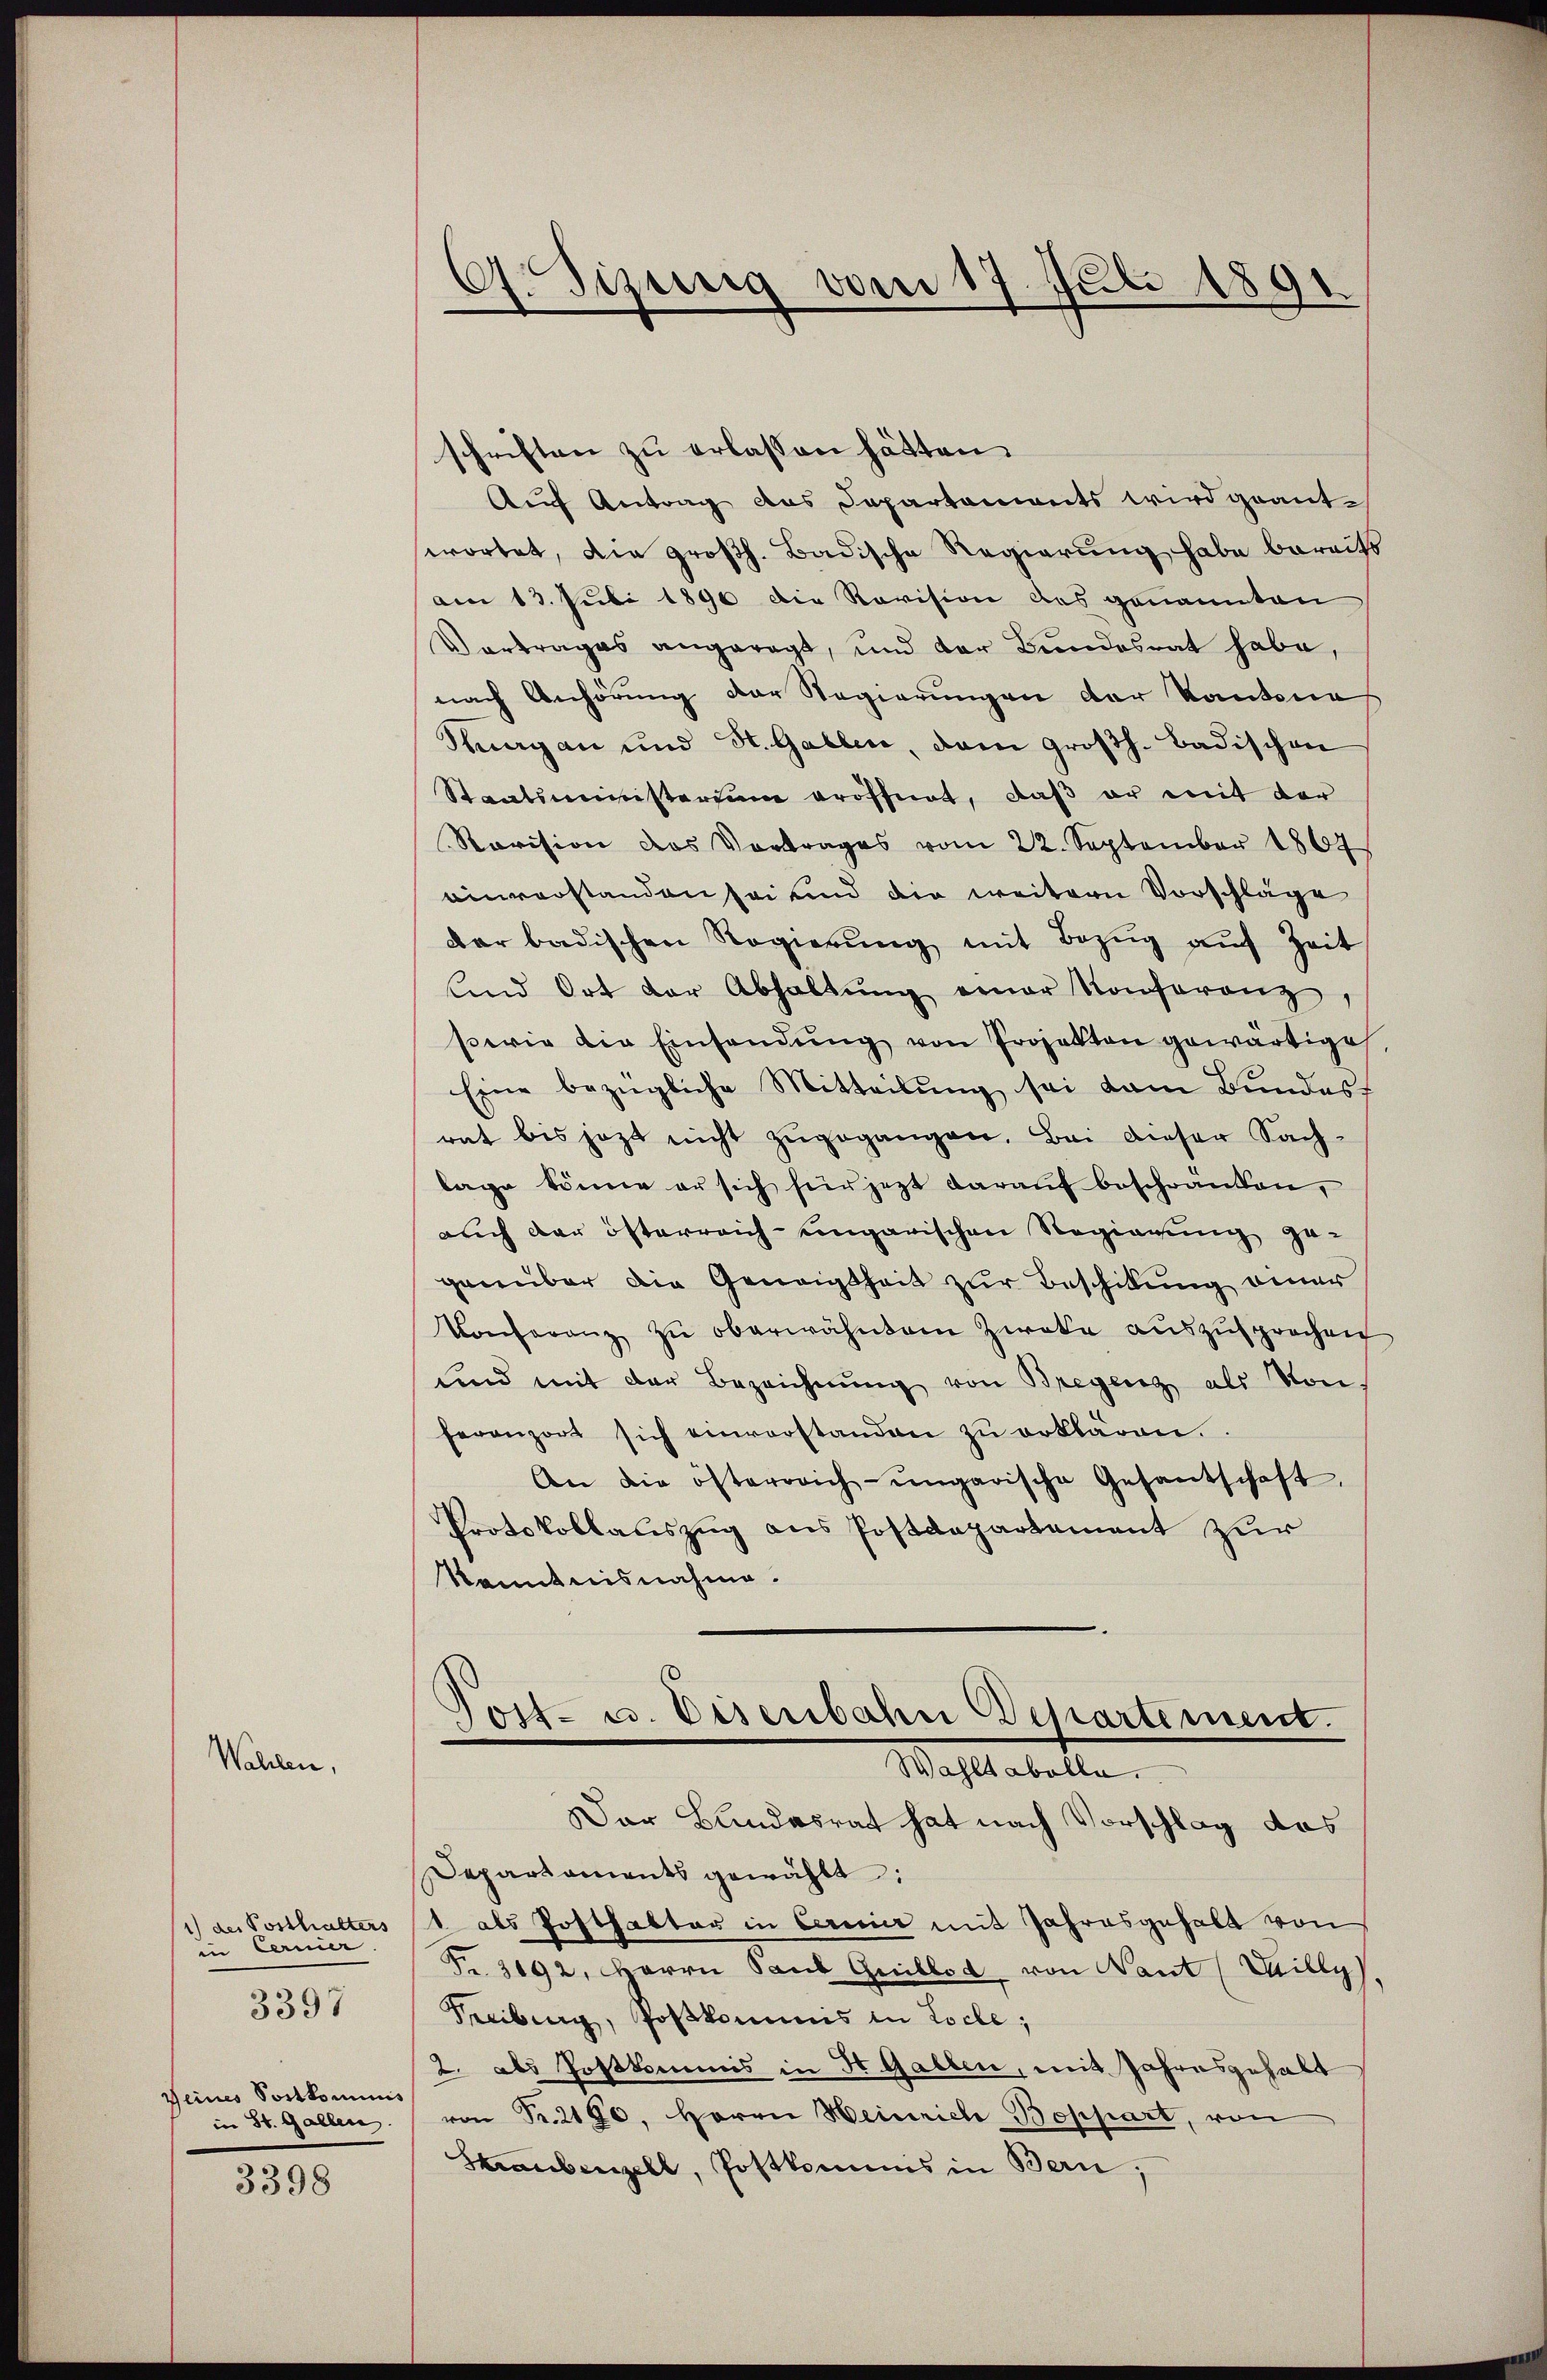
Wahlen,

1) des Posthalters
in Cerner
Deines Sortkominis
in St. Gallen

3397

3398

C. Sizung vom 17. Juli 1891.

schriften zu erlassen hätten.
Auf Antrag aus Departements wird geant-
wortet, die großh. Badische Regierung habe bereits
am 13. Juli 1896 die Revision des genannten
Vortrages angeregt, und der Bundesrat habe,
nach Anhörung der Regierungen der Kantone
Sergan und St. Gallen, dem großh. Badischen
Staatsministerium eröffnet, daß er mit der
Ravision des Vortrages vom 22. September 1864
einverstanden sei und die weitern Vorschläge
dar badischen Regierŭng mit Bezŭg aŭf Zeit
Und Ort der Abhaltŭng einer Konferenz,
swig die Einsendŭng von Projekten gewärtige
Eine bezügliche Mitteilung sei dem Bundes-
rat bis jetzt nicht zŭgegangen. Bei dieser Sach-
lage könne er sich für jetzt darauf beschränken,
auch der österreich eingarischen Regierung gegenüber die Geneigtheit zur Beschikung einer
Konferenz zŭ oberwähntem Zwecke aŭszŭsprochen
und mit der Bezeichnŭng von Bregeng als von-
feranzort sich einverstanden zŭ erklären.
An die österreich-ungarische Gesantschaft.
Protokollauszug aus Postdepartement zur
Kenntnisnahme.
Tost- u. Eisenbahn Departement.
Wahlt abolle.
Der Bundesrat hat nach Vorschlag das
Departaments gewählt:
1 als Posthalter in Ceremir mit Jahresgehalt von
Fr. 3192, Barrn Paul Guillod von Nant (Willy
Freibung, Postkommis in Loche;
2. als Postkommis in H Gallen, mit Jahresgehalt
von Fr. 2190, Herrn Heinrich-Boppart, von
Straubenzell, Postkomuns in Bern,